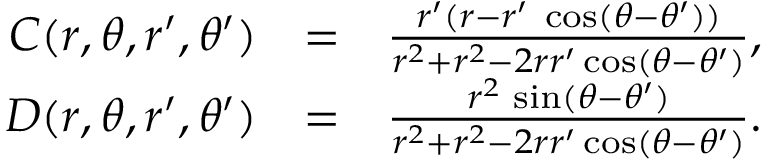
\begin{array} { r l r } { C ( r , \theta , r ^ { \prime } , \theta ^ { \prime } ) } & { = } & { { \frac { r ^ { \prime } ( r - r ^ { \prime } \; \cos ( \theta - \theta ^ { \prime } ) ) } { r ^ { 2 } + r ^ { 2 } - 2 r r ^ { \prime } \cos ( \theta - \theta ^ { \prime } ) } } , } \\ { D ( r , \theta , r ^ { \prime } , \theta ^ { \prime } ) } & { = } & { { \frac { r ^ { 2 } \, \sin ( \theta - \theta ^ { \prime } ) } { r ^ { 2 } + r ^ { 2 } - 2 r r ^ { \prime } \cos ( \theta - \theta ^ { \prime } ) } } . } \end{array}